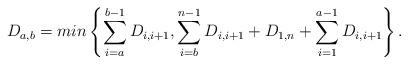
LaTeX: \begin{align*} D_{a,b}=min\left\{ \sum_{i=a}^{b-1} D_{i,i+1}, \sum_{i=b}^{n-1} D_{i,i+1} + D_{1,n}+\sum_{i=1}^{a-1} D_{i,i+1} \right\}.\end{align*}